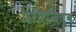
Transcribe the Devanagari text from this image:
प्रतिनित्व